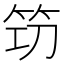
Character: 𥬣